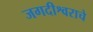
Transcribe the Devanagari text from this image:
जगदीश्वराचे